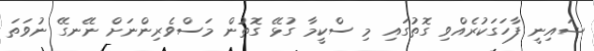
ޝައިނީ ފާހަގަކުރެއްވި ގޮތުގައި މި ސްކީމާ ގުޅޭ ގޮތުން މަސްވެރިންނަށް ނޭނގޭ ނުވަތަ